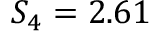
S _ { 4 } = 2 . 6 1